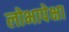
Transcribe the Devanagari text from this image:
लोभापेक्षा